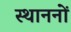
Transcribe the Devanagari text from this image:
स्थाननों